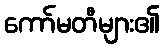
ကော်မတီများ၏